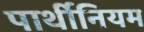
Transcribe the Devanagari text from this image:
पार्थीनियम